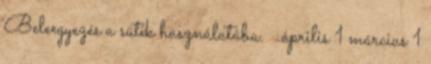
Beleegyezés a sütik használatába. ▼ április 1 március 1